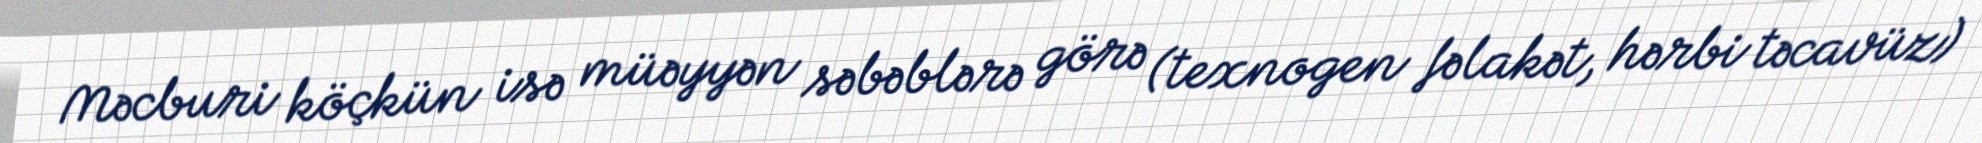
Məcburi köçkün isə müəyyən səbəblərə görə (texnogen fəlakət, hərbi təcavüz)